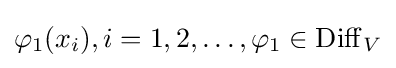
\varphi _{1}(x_{i}),i=1,2,\dots ,\varphi _{1}\in \operatorname {Diff} _{V}